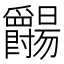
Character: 𬋺